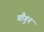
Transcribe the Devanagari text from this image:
चौगुन